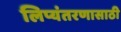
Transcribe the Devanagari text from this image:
लिप्यंतरणासाठी